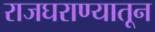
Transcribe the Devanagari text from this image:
राजघराण्यातून